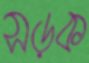
সড়ক